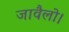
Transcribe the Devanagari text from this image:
जावैलो।